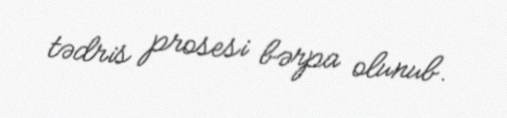
tədris prosesi bərpa olunub.